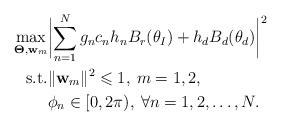
LaTeX: \begin{align*} \begin{aligned}\max_{\boldsymbol{\Theta},\mathbf{w}_m}& \biggl|\sum_{n=1}^N g_n c_n h_n B_r(\theta_I) + h_d B_d(\theta_d)\biggr|^2\\\textrm{s.t.} & \|\mathbf{w}_m\|^2\leqslant 1,\:m=1,2,\\ & \phi_n\in [0,2\pi), \: \forall n=1,2,\ldots,N.\end{aligned}\end{align*}